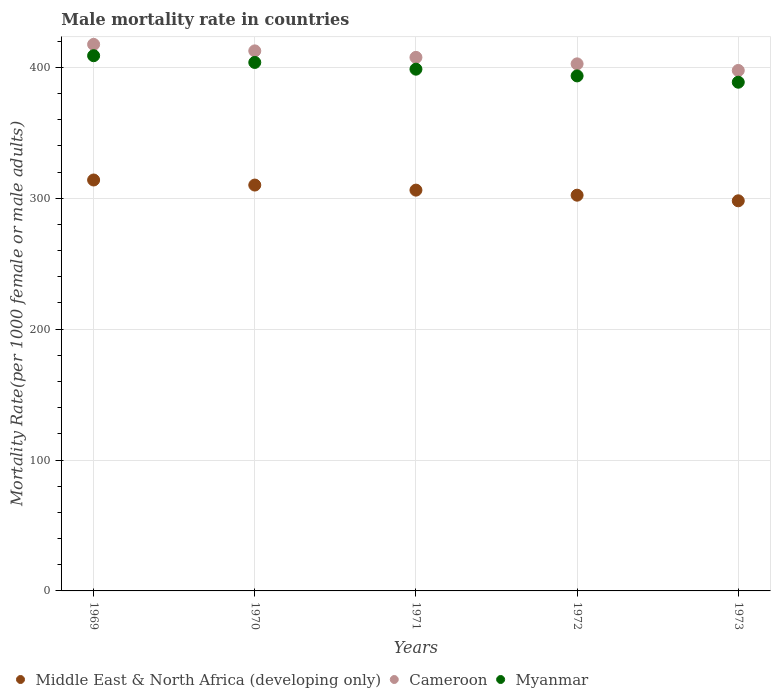
| Years | Middle East & North Africa (developing only) | Cameroon | Myanmar |
 | --- | --- | --- | --- |
 | 1969 | 314 | 418 | 409 |
 | 1970 | 310 | 413 | 404 |
 | 1971 | 306 | 408 | 399 |
 | 1972 | 302 | 403 | 394 |
 | 1973 | 298 | 398 | 389 |